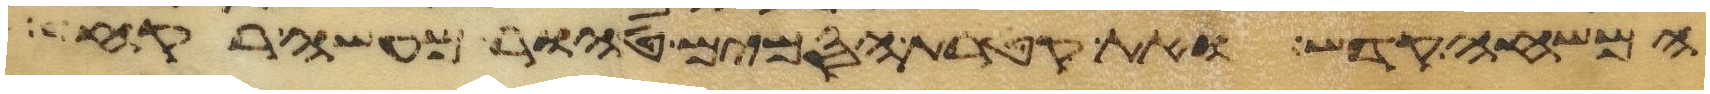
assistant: המשחה קדש ואת קטרת הסמים טהור מעשה רקח